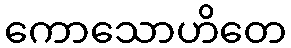
ကောသောဟိတေ